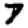
Digit: 7